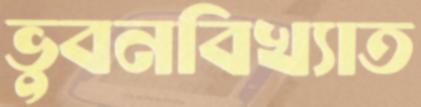
ভুবনবিখ্যাত